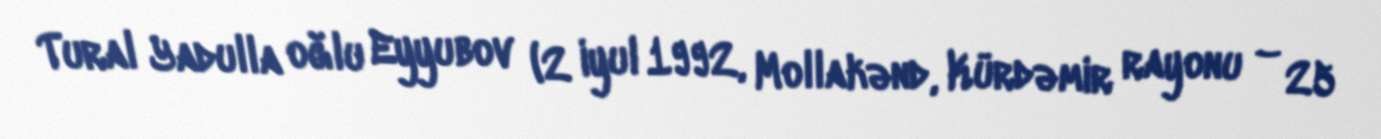
Tural Yadulla oğlu Eyyubov (2 iyul 1992, Mollakənd, Kürdəmir rayonu – 25